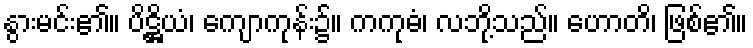
နွားမင်း၏။ ပိဋ္ဌိယံ၊ ကျောကုန်း၌။ ကကုဓံ၊ လဘို့သည်။ ဟောတိ၊ ဖြစ်၏။